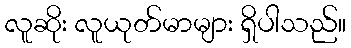
လူဆိုး လူယုတ်မာများ ရှိပါသည်။